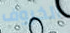
الخروف